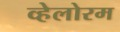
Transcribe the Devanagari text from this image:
व्हेलोरम